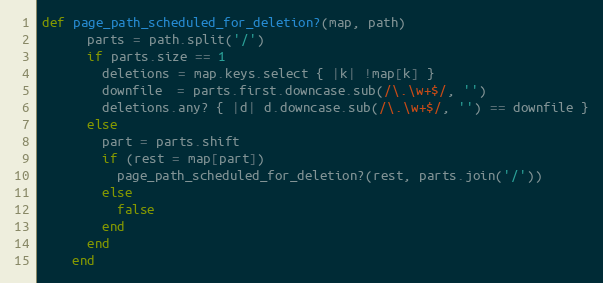
Language: Ruby
def page_path_scheduled_for_deletion?(map, path)
      parts = path.split('/')
      if parts.size == 1
        deletions = map.keys.select { |k| !map[k] }
        downfile  = parts.first.downcase.sub(/\.\w+$/, '')
        deletions.any? { |d| d.downcase.sub(/\.\w+$/, '') == downfile }
      else
        part = parts.shift
        if (rest = map[part])
          page_path_scheduled_for_deletion?(rest, parts.join('/'))
        else
          false
        end
      end
    end